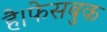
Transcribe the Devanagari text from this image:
है।फेसबुक